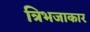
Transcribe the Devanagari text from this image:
त्रिभजाकार